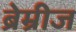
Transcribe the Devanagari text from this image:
ब्रेम्रीज